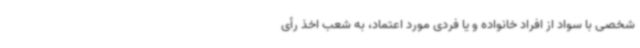
شخصی با سواد از افراد خانواده و یا فردی مورد اعتماد، به شعب اخذ رأی